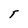
Character: r